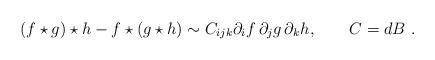
LaTeX: \begin{align*}(f\star g)\star h-f\star(g\star h)\sim C_{ijk}\partial_{i}f\,\partial_{j}g\,\partial_{k}h,\qquad C=dB\,\,.\end{align*}